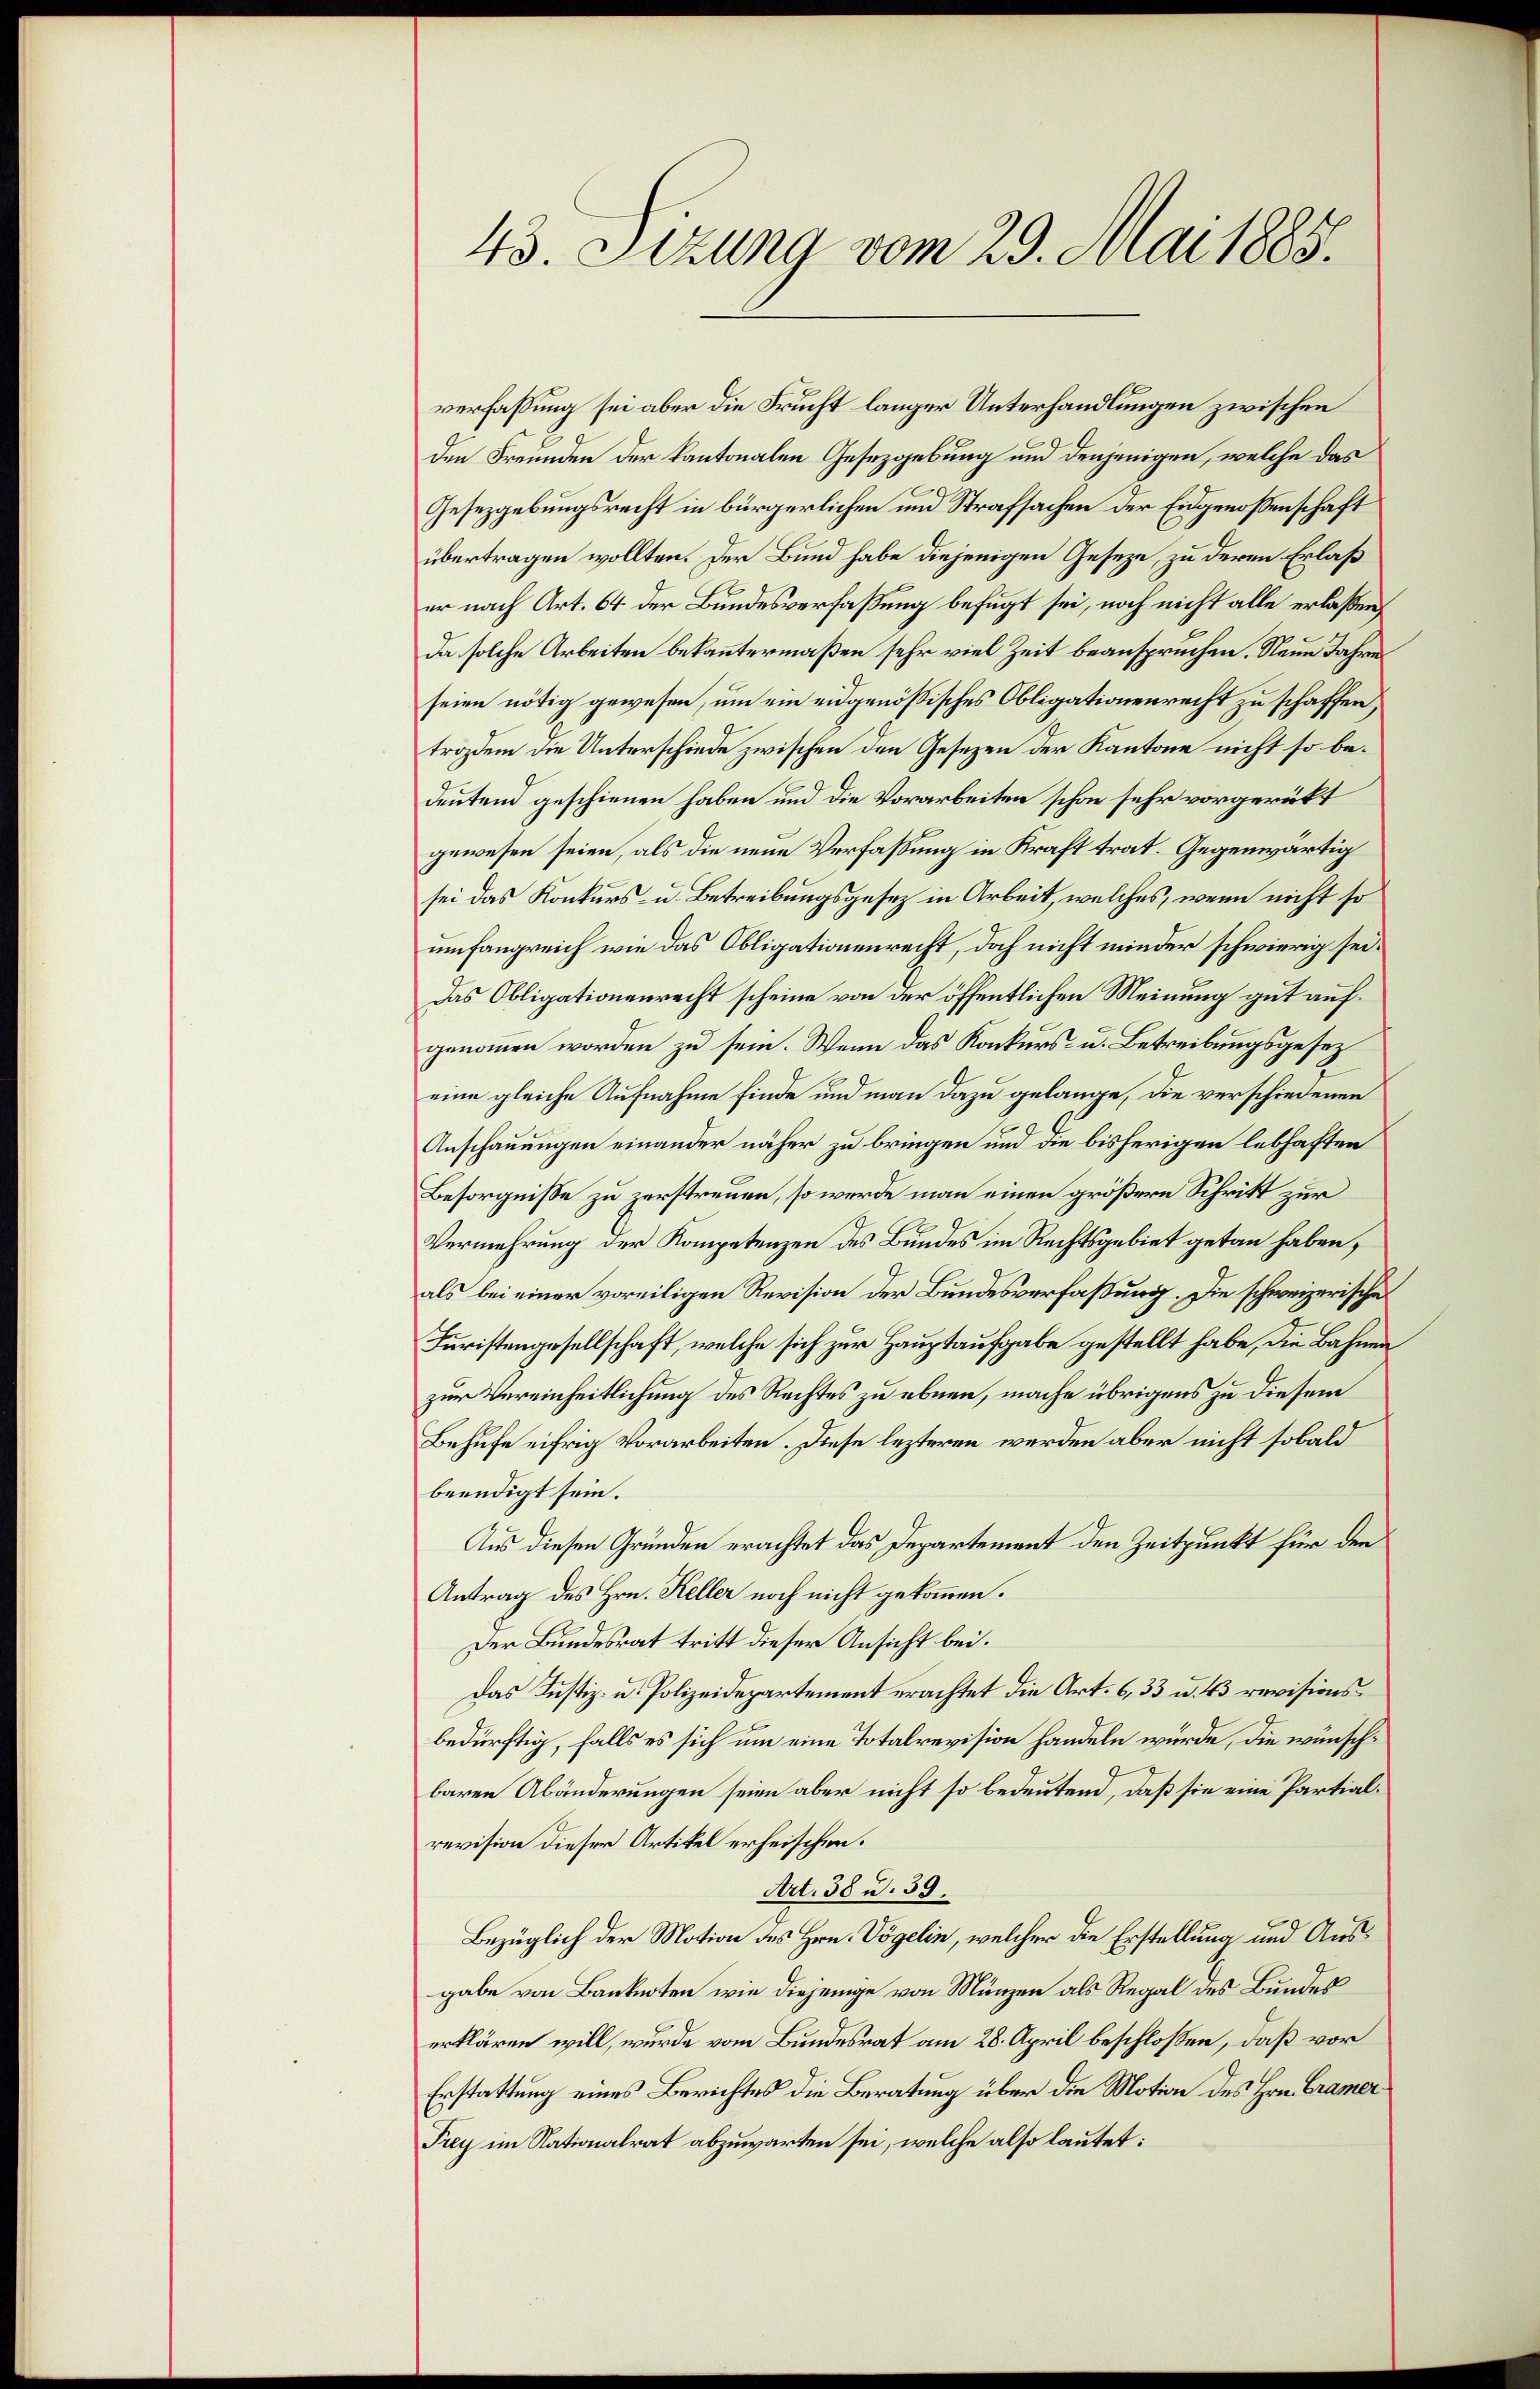
43. Sizung vom 29. Mai 1885.

verfaßung sei aber die Frucht länger Unterhandlungen zwischen
den Freunden der kantonalen Gesetzgebung und denjenigen, welche das
Gesetzgebungsrecht in bürgerlichen und Strafsachen der Eidgenossenschaft
übertragen wollten. Der Bund habe diejenigen Geseze, zu deren Erlaß
er nach Art. 64 der Bundesverfaßung befugt sei, noch nicht alle erlaßen,
Da solche Arbeiten bekanntermaßen sehr viel Zeit beanspruchen. Neun Jahre
seien nötig gewesen, um ein eidgenössisches Obligationenrecht zu schaffen,
trodem die Unterschiede zwischen den Gesezen der Kantone nicht so bedeutend geschienen haben und die Vorarbeiten schon sehr vorgerückt
gewesen seien, als die neue Verfassung in Kraft trat. Gegenwärtig
sei das Konkurs- u. Betreibungsgesetz in Arbeit, welches, wenn nicht so
umfangreich wie das Obligationenrecht, doch nicht minder schwierig sei.
Das Obligationenrecht scheine von der öffentlichen Meinung gut aufgenommen worden zu sein. Wenn das Konkurs- u. Betreibungsgesetzeine gleiche Aufnahme finde und man dazu gelange, die verschiedenen
Anschauungen einander näher zu bringen und die bisherigen lebhaften
Besorgnisse zu zerstreuen, so werde man einen größere Schritt zur
Vermehrung der Kompetenzen des Bundes im Rechtsgebiet getan haben,
als bei einer voreiligen Revision der Bundesverfaßung. Die schweizerische
Juristengesellschaft, welche sich zur Hauptaufgabe gestellt habe, die Bahnen
zur Vereinheitlichung des Rechtes zu ebnen, mache übrigens zu diesem
Behufe eifrig Vorarbeiten. Diese lezteren werden aber nicht sobald
beendigt sein.
Aus diesen Gründen erachtet das Departement den Zeitpunkt für den
Antrag des Hrn. Keller noch nicht gekommen.
Der Bundesrat tritt dieser Ansicht bei.
Das Justiz- u. Polizeidepartement erachtet die Art. 6, 33 u. 43 revisionsbedürftig, falls es sich um eine Totalrevision handeln würde, die wünschbaren Abänderungen seien aber nicht so bedeutend, daß sie eine Partialrevision dieser Artikel erheischen.
1
Art. 50 u. 39.
Bezüglich der Motion des Hrn. Vögelin, welcher die Erstellung und Ausgabe von Banknoten wie diejenige von Münzen als Regal des Bundes
erklären will, wurde vom Bundesrat am 28. April beschloßen, daß vor
Erstattung eines Berichtes die Beratung über die Motion des Hrn. Cramer¬
Frey im Nationalrat abzuwarten sei, welche also lautet: